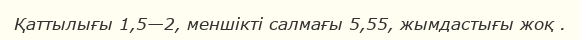
Қаттылығы 1,5—2, меншікті салмағы 5,55, жымдастығы жоқ .